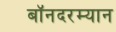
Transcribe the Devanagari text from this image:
बॉनदरम्यान